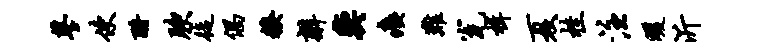
蓼使酹腴徒偶糗辫奕痍难瓮楫夏桂注暖沂